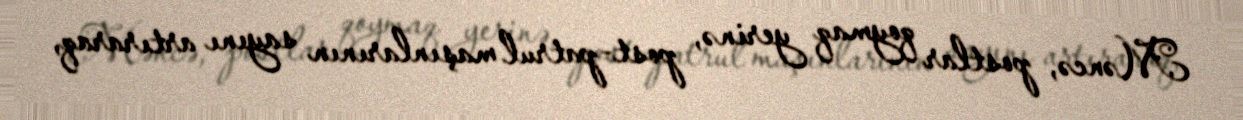
Məncə, postlar qoymaq yerinə, post-patrul maşınlarının sayını artıraraq,